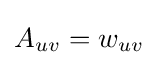
A_{uv}=w_{uv}